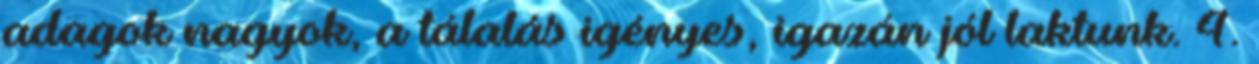
adagok nagyok, a tálalás igényes, igazán jól laktunk. 4.